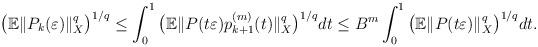
LaTeX: \begin{align*}\big(\mathbb{E}\|P_k(\varepsilon)\|_X^q\big)^{1/q}\leq \int_{0}^1\big(\mathbb{E}\|P(t\varepsilon) p_{k+1}^{(m)}(t) \|_X^q\big)^{1/q} d t\leq B^m \int_{0}^1\big(\mathbb{E}\|P(t\varepsilon) \|_X^q\big)^{1/q} d t.\end{align*}